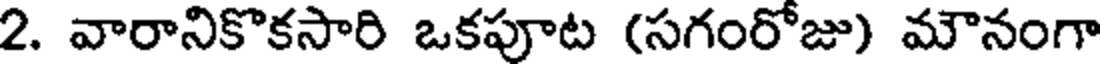
2. వారానికొకసారి ఒకపూట (సగంరోజు) మౌనంగా